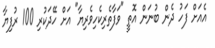
އެއަށް ފަހު ދެން ބުނަން އޮތީ "ވަފާތެރިކެހިވެރިޔާ" އަށް ހޭދަކުރި 100 ރުފިޔާ